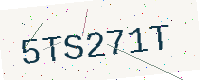
Text: 5TS271T